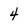
Character: 4